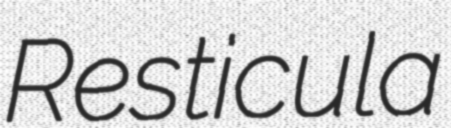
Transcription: Resticula